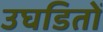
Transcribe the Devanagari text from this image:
उघडितों